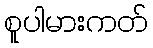
စူပါမားကတ်